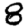
Digit: 8